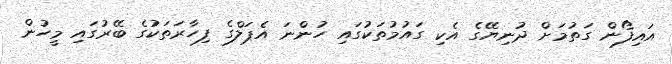
އައިފޯން ގަތުމަށް ދުނިޔޭގެ އެކި ގައުމުތަކުގައި ހުންނަ އެޕަލްގެ ފިހާރަތަކުގެ ބޭރުގައި މީހުން